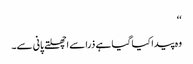
‘‘
وہ پیدا کیا گیا ہے ذرا سے اچھلتے پانی سے۔